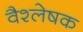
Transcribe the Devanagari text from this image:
वैश्लेषक